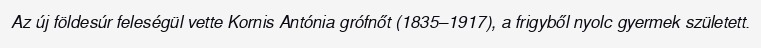
Az új földesúr feleségül vette Kornis Antónia grófnőt (1835–1917), a frigyből nyolc gyermek született.